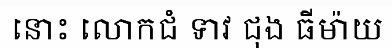
នោះ លោកជំ ទាវ ជុង ធីម៉ាយ